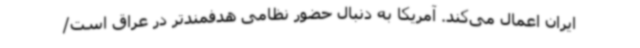
ایران اعمال می‌کند. آمریکا به دنبال حضور نظامی هدفمندتر در عراق است/